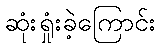
ဆုံးရှုံးခဲ့ကြောင်း